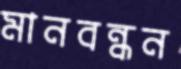
মানবন্ধন